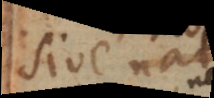
sive unam